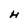
Character: H